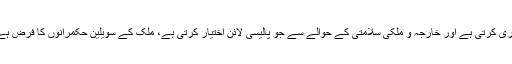
یعنی چوہدری نثار علی خان سمجھتے ہیں کہ فوج جو بیانیہ جاری کرتی ہے اور خارجہ و ملکی سلامتی کے حوالے سے جو پالیسی لائن اختیار کرتی ہے، ملک کے سویلین حکمرانوں کا فرض ہے کہ پیشانی پر شکن لائے بغیر اس پر پوری طرح عمل کریں۔